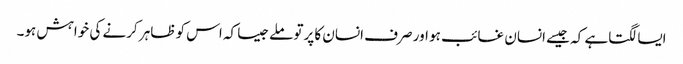
ایسا لگتاہے کہ جیسے انسان غائب ہو اور صرف انسان کا پرتو ملےجیسا کہ اس کو ظاہر کرنے کی خواہش ہو۔